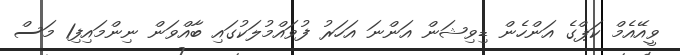
ވީއޭއެމް ކަޕްގެ އަންހެން ޑިވިޝަން އަންނަ އަހަރު ފުވައްމުލަކުގައި ބާއްވަން ނިންމައިފި1 މަސް